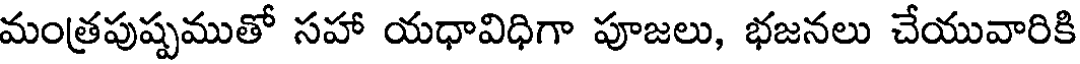
మంత్రపుష్పముతో సహా యధావిధిగా పూజలు, భజనలు చేయువారికి